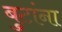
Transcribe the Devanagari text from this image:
बुटांना